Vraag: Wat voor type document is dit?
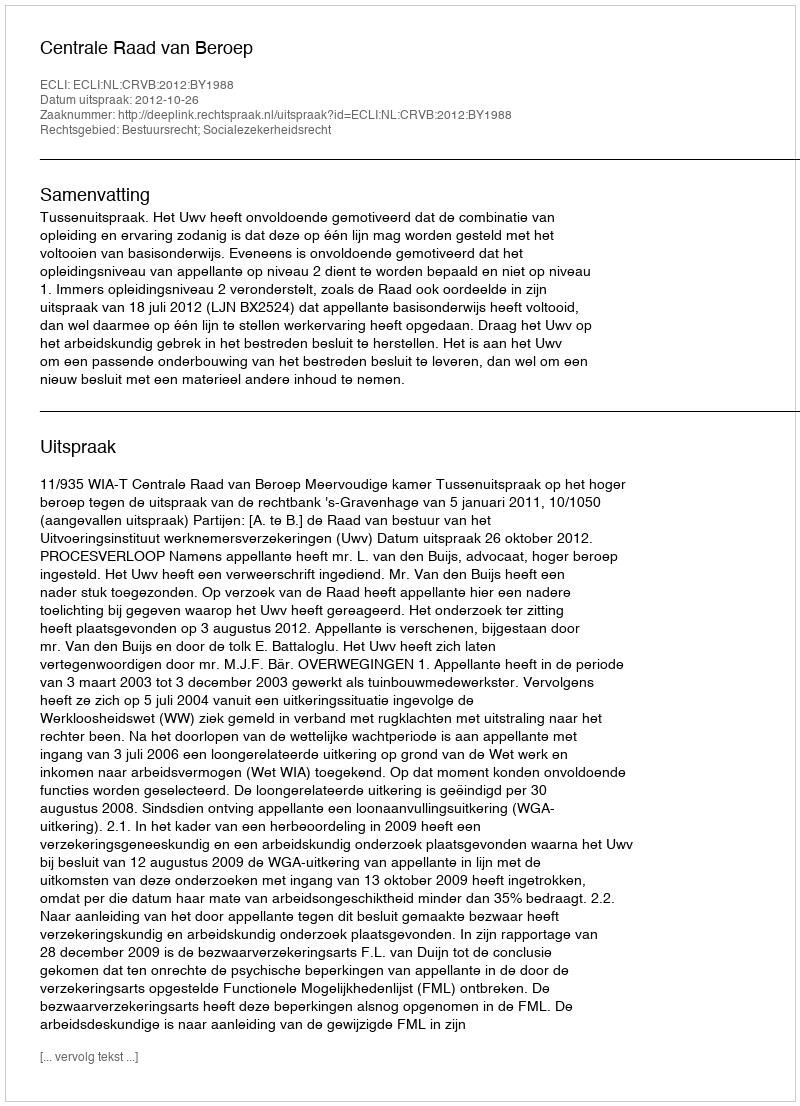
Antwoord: Uitspraak